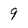
Character: 9